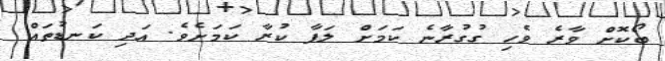
ބޯކޮށް ވާރެ ވެހި ގުގުރާނެ ކަމަށް ލަފާ ކުރާ ކަމަށެވެ. އަދި ކަނޑުތައް